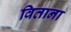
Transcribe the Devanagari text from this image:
विताना